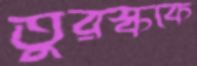
তুরস্ককে